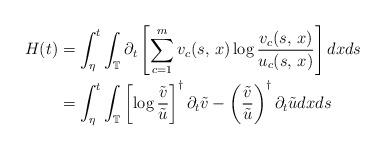
LaTeX: \begin{align*}H(t) & =\int_{\eta}^{t}\int_{\mathbb{T}}\partial_{t}\left[\sum_{c=1}^{m}v_{c}(s,\,x)\log\frac{v_{c}(s,\,x)}{u_{c}(s,\,x)}\right]dxds\\ & =\int_{\eta}^{t}\int_{\mathbb{T}}\left[\log\frac{\tilde{v}}{\tilde{u}}\right]^{\dagger}\partial_{t}\tilde{v}-\left(\frac{\tilde{v}}{\tilde{u}}\right)^{\dagger}\partial_{t}\tilde{u}dxds \end{align*}